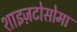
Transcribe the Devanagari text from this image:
शाइज़टोसोमा